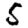
Digit: 5